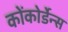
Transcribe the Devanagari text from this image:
कोंकोर्डेन्स